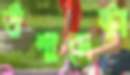
উপাদেষ্টা